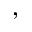
,